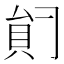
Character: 𰶺